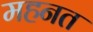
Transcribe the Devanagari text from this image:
महनत